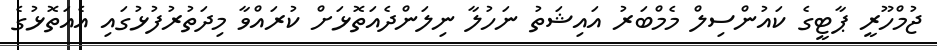
ޖުމްހޫރީ ޕާޓީގެ ކައުންސިލް މެމްބަރު އައިޝަތު ނަހުލާ ނިލަންދެއަތޮޅަށް ކުރައްވާ މިދަތުރުފުޅުގައި އެއަތޮޅުގެ